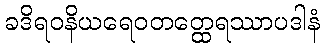
ခဒိရဝနိယရေဝတတ္ထေရဿာပဒါနံ